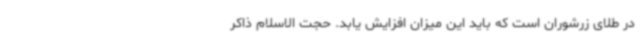
در طلای زرشوران است که باید این میزان افزایش یابد. حجت الاسلام ذاکر